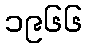
၁၉၆၆